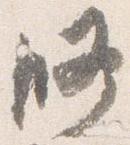
修